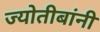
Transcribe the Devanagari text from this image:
ज्योतीबांनी